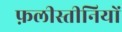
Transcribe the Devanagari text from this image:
फ़लीस्तीनियों